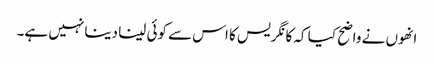
انھوں نے واضح کیا کہ کانگریس کا اس سے کوئی لینا دینا نہیں ہے۔